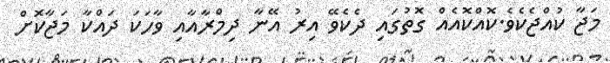
މަޖާ ކުއްޖެކެވެ.ކޮއްކޮއެއް ގޮތުގައި ދެކެވޭ އިރު އޭނާ ދިމްރާއާއިި ވާހަކަ ދައްކާ މަޖާކޮށް